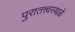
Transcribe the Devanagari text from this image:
पुरातत्त्वस्थळे